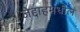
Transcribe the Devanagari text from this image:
जेद्दाहमधील